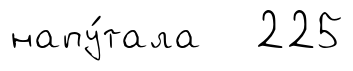
напу́тала 225